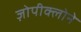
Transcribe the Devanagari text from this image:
ज़ोपीक्लोने